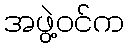
အဖွဲ့ဝင်က